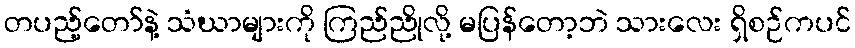
တပည့်တော်နဲ့ သံဃာများကို ကြည်ညိုလို့ မပြန်တော့ဘဲ သားလေး ရှိစဉ်ကပင်